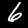
Label: 6